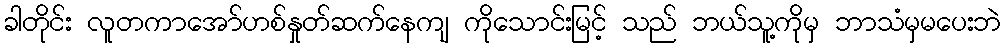
ခါတိုင်း လူတကာအော်ဟစ်နှုတ်ဆက်နေကျ ကိုသောင်းမြင့် သည် ဘယ်သူ့ကိုမှ ဘာသံမှမပေးဘဲ